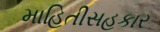
માહિતીસહકાર